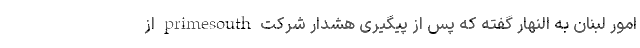
امور لبنان به النهار گفته که پس از پیگیری هشدار شرکت primesouth از